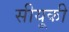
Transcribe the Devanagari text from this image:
सीयूकी